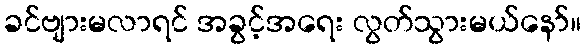
ခင်ဗျားမလာရင် အခွင့်အရေး လွတ်သွားမယ်နော်။